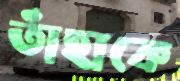
তাঁহাকে